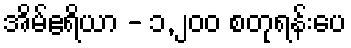
အိမ်ဧရိယာ - ၁,၂၀၀ စတုရန်းပေ